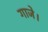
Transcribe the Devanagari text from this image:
गाजे।